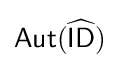
{\mathsf {Aut({\widehat {ID}})}}